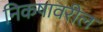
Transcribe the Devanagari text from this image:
निकषावरील